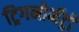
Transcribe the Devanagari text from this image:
ट्रिगनोमॅट्री